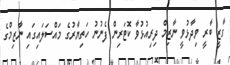
ގާޒީ ބާރީ ވިދާޅުވީ ނާޒިމް ދިރިއުޅުވާ ކޮޓަރިން ފެނުނު ހަތިޔާރުގެ މައްސަލައިގައި ނާޒިމްގެ